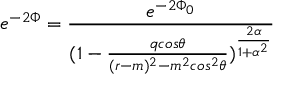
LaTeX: e ^ { - 2 \Phi } = { \frac { e ^ { - 2 \Phi _ { 0 } } } { ( 1 - { \frac { q c o s \theta } { ( r - m ) ^ { 2 } - m ^ { 2 } c o s ^ { 2 } \theta } } ) ^ { \frac { 2 \alpha } { 1 + \alpha ^ { 2 } } } } }